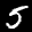
Label: 5